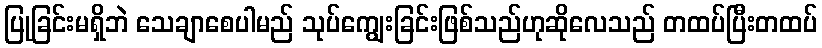
ပြုခြင်းမရှိဘဲ သေချာစေပါမည် သုပ်ကျွေးခြင်းဖြစ်သည်ဟုဆိုလေသည် တထပ်ပြီးတထပ်